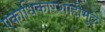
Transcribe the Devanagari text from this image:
एकाधिकारशाहीमुळे